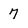
Character: 7